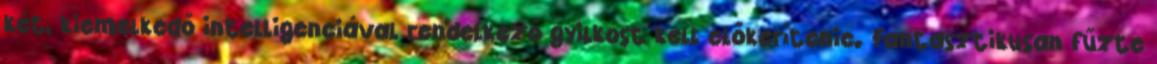
két, kiemelkedő intelligenciával rendelkező gyilkost kell előkerítenie. Fantasztikusan fűzte